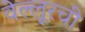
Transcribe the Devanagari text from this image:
वेल्लूरची